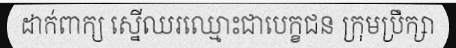
ដាក់ពាក្យ ស្នើឈរឈ្មោះជាបេក្ខជន ក្រុមប្រឹក្សា